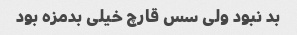
بد نبود ولی سس قارچ خیلی بدمزه بود